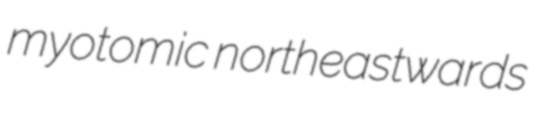
myotomic northeastwards